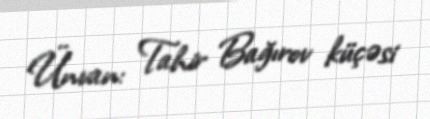
Ünvan: Tahir Bağırov küçəsi